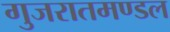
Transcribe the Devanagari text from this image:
गुजरातमण्डल